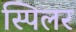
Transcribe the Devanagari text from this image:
स्पिलर